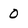
Character: 0